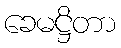
ခေမဋ္ဌိတာ